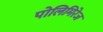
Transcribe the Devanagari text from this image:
पोलिमिरेज